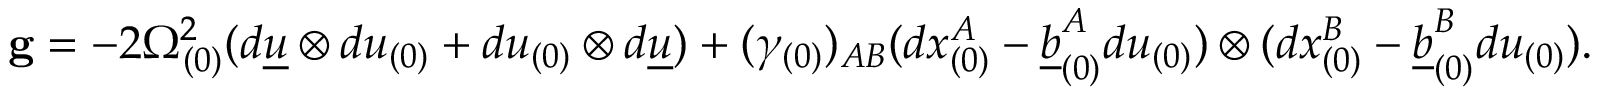
{ \bf g } = - 2 \Omega _ { ( 0 ) } ^ { 2 } ( d { \underline { { u } } } \otimes d u _ { ( 0 ) } + d u _ { ( 0 ) } \otimes d { \underline { { u } } } ) + ( \gamma _ { ( 0 ) } ) _ { A B } ( d x _ { ( 0 ) } ^ { A } - \underline { { b } } _ { ( 0 ) } ^ { A } d u _ { ( 0 ) } ) \otimes ( d x _ { ( 0 ) } ^ { B } - \underline { { b } } _ { ( 0 ) } ^ { B } d u _ { ( 0 ) } ) .